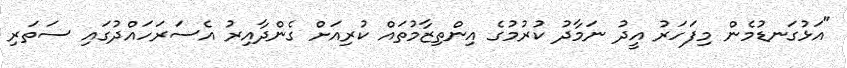
"އަޅުގަނޑުމެން މިފަހަރު އީދު ނަމާދު ކުރުމުގެ އިންތިޒާމުތައް ކުރިއަށް ގެންދާއިރު އެސަރަހައްދުގައި ސަތަރި